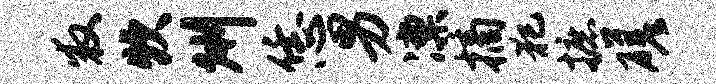
救炊州恁男凛摘犯摭磋